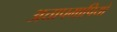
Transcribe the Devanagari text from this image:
अत्तापमापियों